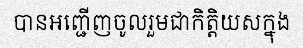
បានអញ្ជើញចូលរួមជាកិត្តិយសក្នុង